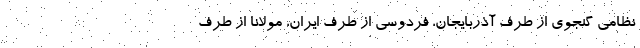
نظامی گنجوی از طرف آذربایجان، فردوسی از طرف ایران، مولانا از طرف